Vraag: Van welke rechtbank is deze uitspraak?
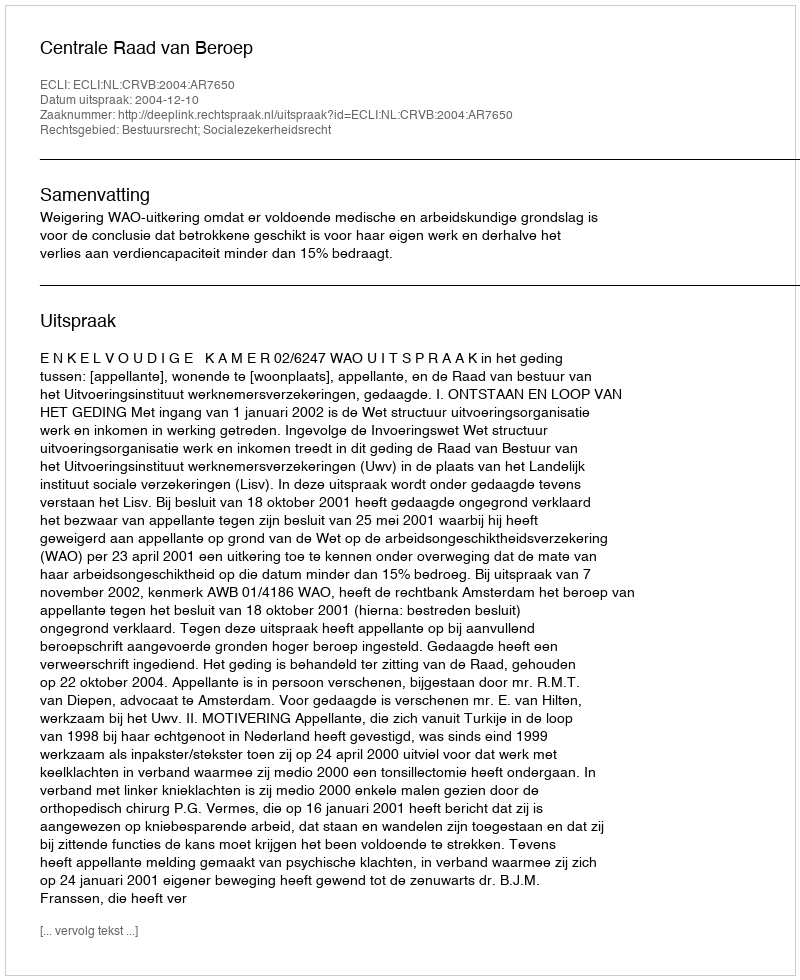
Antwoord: Centrale Raad van Beroep